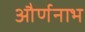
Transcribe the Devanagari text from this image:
और्णनाभ